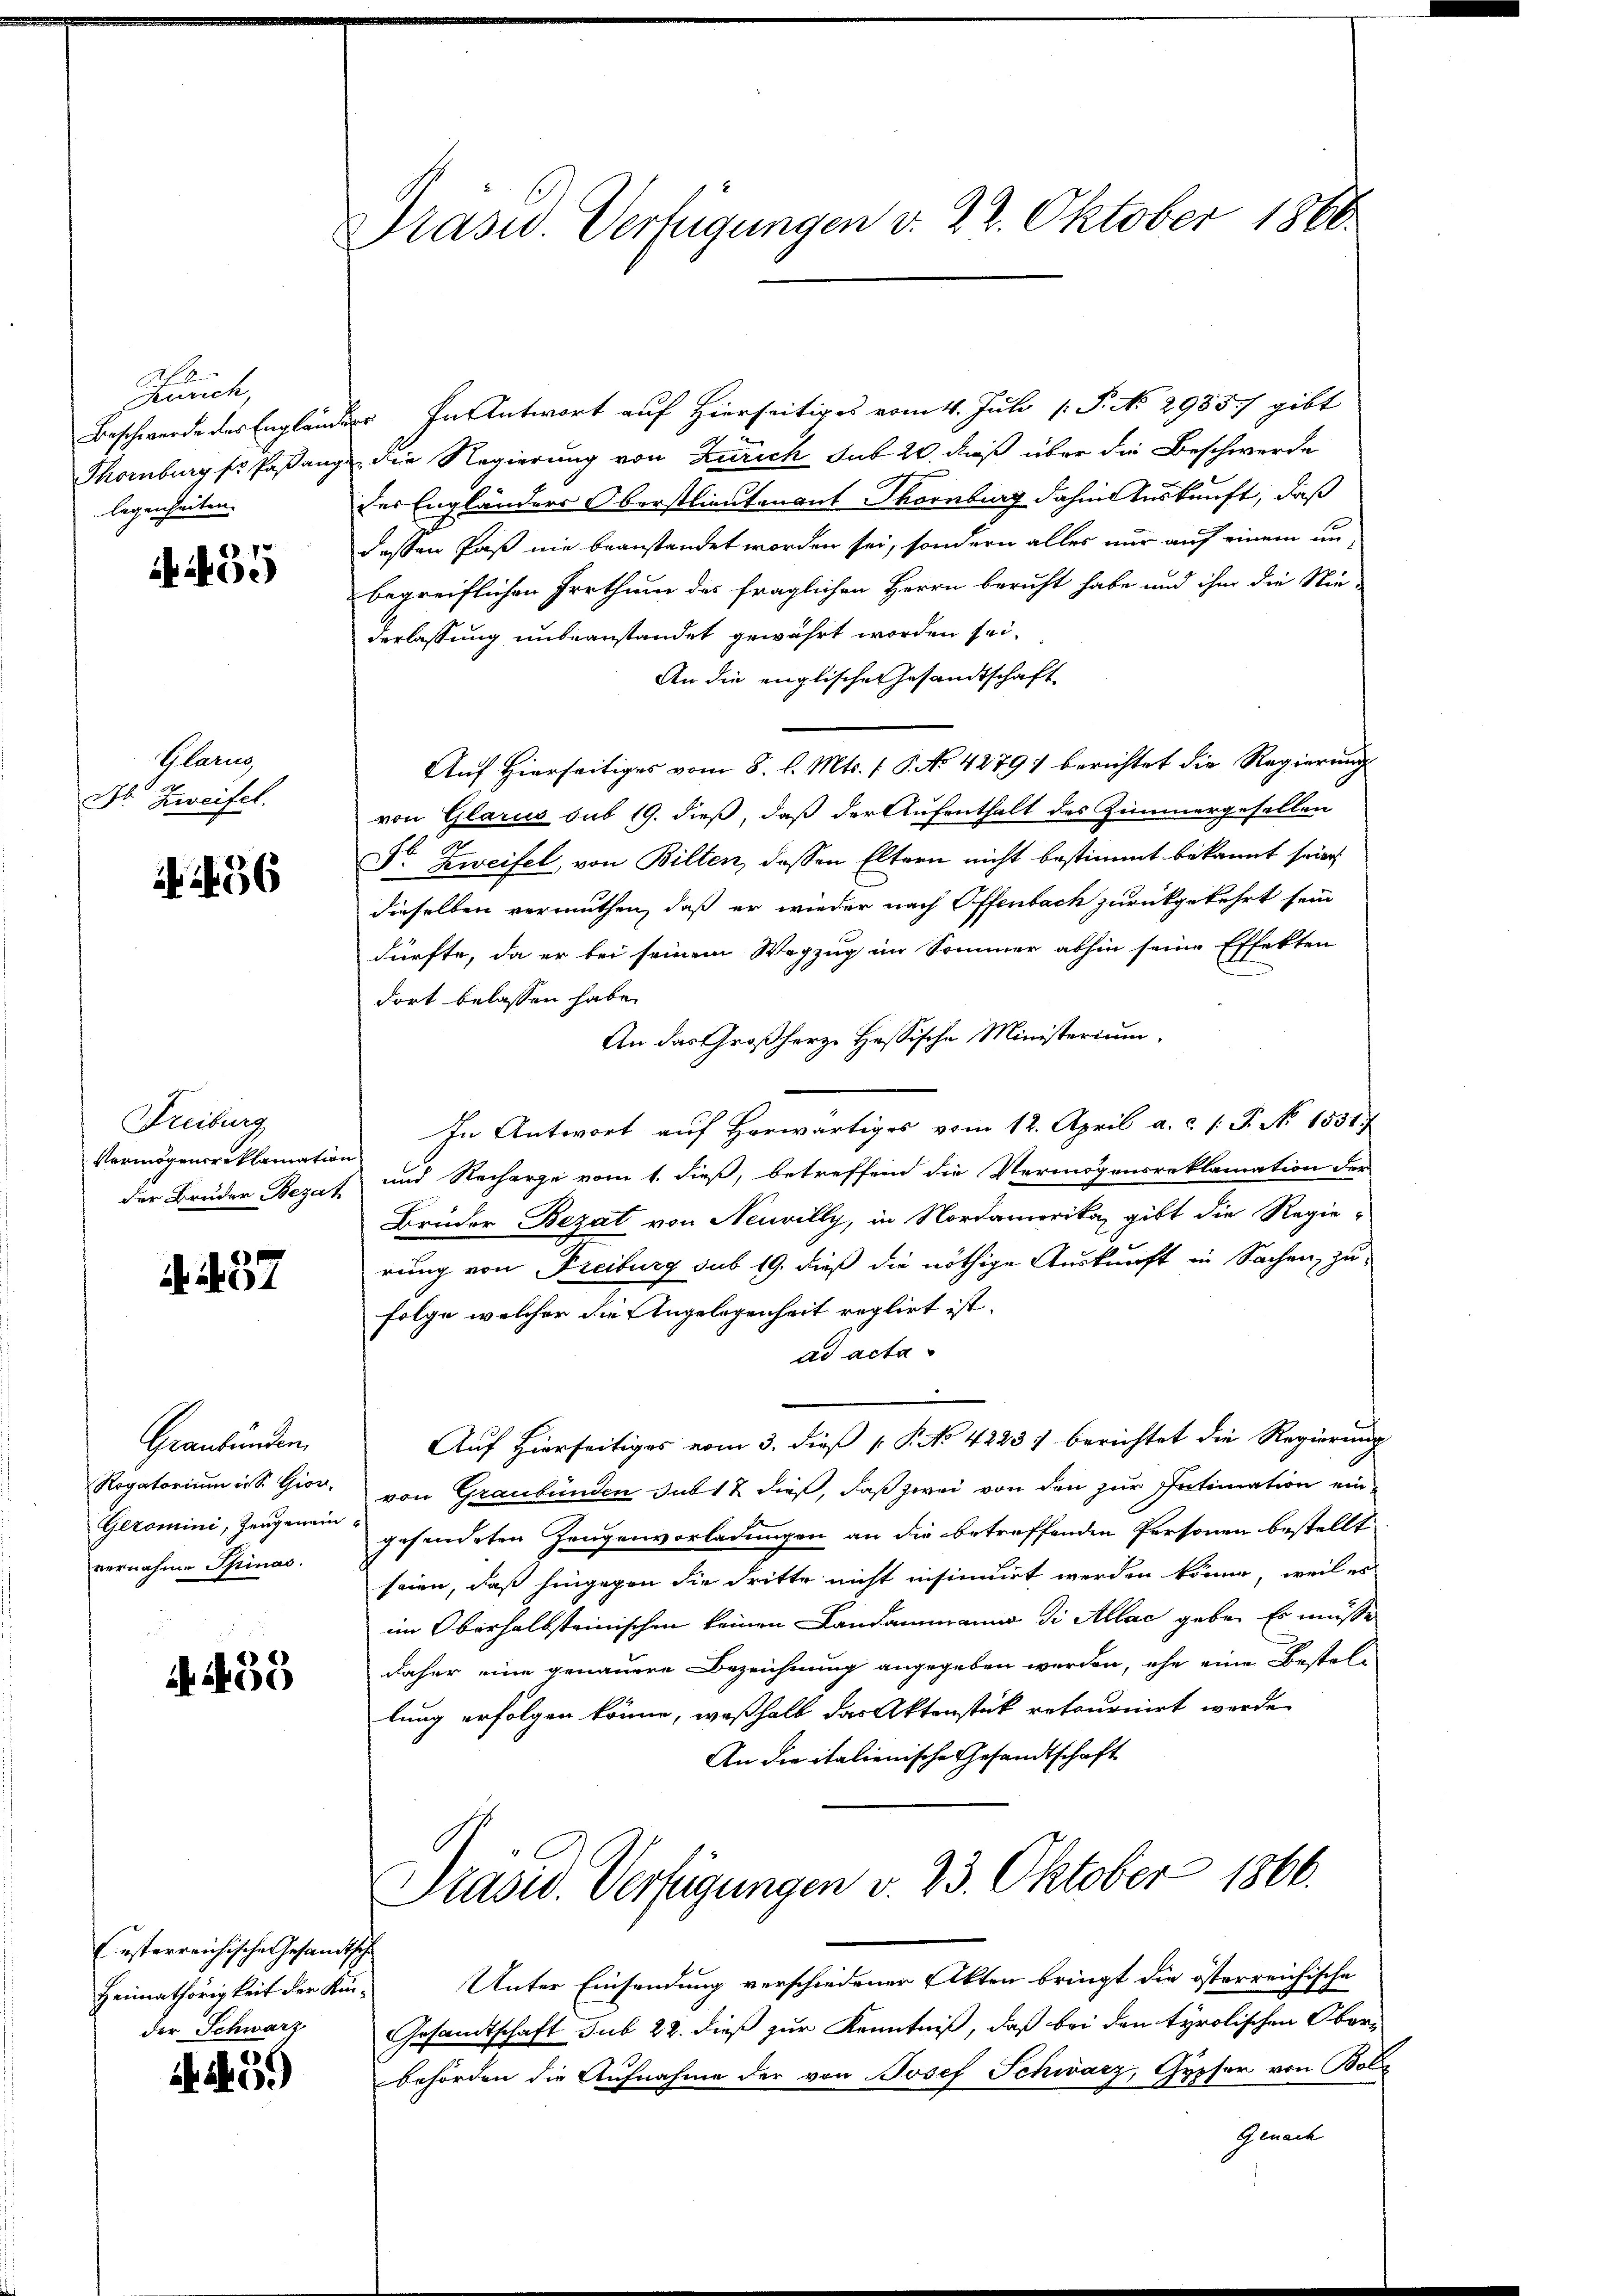
Taurich,
Beschwerde des Englai
Thornburg so Paßan
legenheiten.

455

Glarus,
Mt. Zweifel.

36

Freiburg
Vermögensreklamation
der Bruder Bezah

A. 437

Graubünden,
Regatorium in St. Gior.
Gezomini, Zeugenein
vernahme Spinas.

A 159

Ersterreichischen Gesandtsch
Heimathörigkeit der Kinder Schwarz

5.)

Prasid. Verfügungen v. 22. Oktober 1860.

" In Antwort auf Hierseitiges vom 4. Juli 1 P. No. 2985 gibt
die Regierung von Zürich sub 20. dieß über die Beschwerde
der Engländers Oberstlieutenant Thornburg dahin Auskunft, daß
deßen Paß nie beanstandet worden sei, sondern alles nur auf einem un
begreiflichen Irrthum des fraglichen Herrn beruht habe und ihm die Nie-
derlassung unbeanstandet gewährt worden sei.
An die englische Gesandtschaft
Auf Hierseitiges vom 8. d. Mts. 1 S. No 4279) berichtet die Regierung
von Glarus sub 19. dieß, daß der Aufenthalt des Zimmergesellen
Dr. Zweifel, von Bilten, dessen Eltern nicht bestimmt bekannt seien
dieselben vermuthen, daß er wieder nach Offenbach zurückgekehrt sein
dürfte, da er bei seinem Wegzug im Sommer abhin seine Effekten
dort belassen habe.
An das Großherze Hassische Ministerium.
In Antwort auf herwärtiges vom 12. April a. c. l. J. No 1531.
und Recharge vom 1. dieß, betreffend die Vermögensreklamation der
Brüder Bezat von Neuvilly, in Nordamerika, gibt die Regie-
rung von Freiburg sub 19. dieß die nöthige Auskunft in Sachen zu
Folge welcher die Angelegenheit reglirt ist.
ad acta
Auf Hierseitiges vom 3. dieß P. No 4223. berichtet die Regierung
von Graubünden das 12 dieß, daß zwei von den zur Intimation ein-
gesendeten Zeugenvorladungen an die betreffenden Personen bestellt
seien, daß hingegen die dritte nicht insinuirt werden könne, weil es
im Oberhalbsteinischen keinen Landammanno di Allae gebe. Er müsse
daher eine genauere Bezeichnung angegeben werden, ehe eine Bestel-
lung erfolgen könne, weßhalb das Aktenstück retournirt werde.
An die italienische Gesandtschaft
Präsid. Verfügungen v. 23. Oktober 1866.
Unter Einsendung verschiedener Akten bringt die österreichische
Gesandtschaft sub 22. dieß zur Kenntniß, daß bei den tyrolischen Oberbehörden die Aufnahme der von Josef Schwarz, Gypser von Bolz
Genach